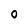
Character: 0